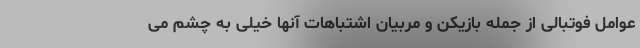
عوامل فوتبالی از جمله بازیکن و مربیان اشتباهات آنها خیلی به چشم می